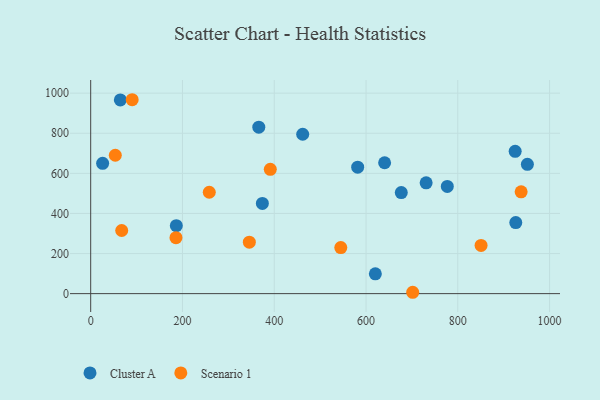
{"axis": {"x": "Ad Spend", "y": "Rating"}, "legend": ["Cluster A", "Scenario 1"], "data": [{"x": "731.0", "y": 552.9, "type": "Cluster A"}, {"x": "676.8", "y": 503.9, "type": "Cluster A"}, {"x": "951.6", "y": 645.3, "type": "Cluster A"}, {"x": "925.0", "y": 709.8, "type": "Cluster A"}, {"x": "462.0", "y": 795.1, "type": "Cluster A"}, {"x": "926.3", "y": 354.4, "type": "Cluster A"}, {"x": "620.3", "y": 98.9, "type": "Cluster A"}, {"x": "64.6", "y": 966.5, "type": "Cluster A"}, {"x": "26.0", "y": 649.9, "type": "Cluster A"}, {"x": "777.1", "y": 535.0, "type": "Cluster A"}, {"x": "581.8", "y": 630.6, "type": "Cluster A"}, {"x": "640.5", "y": 652.9, "type": "Cluster A"}, {"x": "366.3", "y": 830.6, "type": "Cluster A"}, {"x": "186.6", "y": 338.8, "type": "Cluster A"}, {"x": "374.1", "y": 450.0, "type": "Cluster A"}, {"x": "53.6", "y": 690.4, "type": "Scenario 1"}, {"x": "185.8", "y": 279.3, "type": "Scenario 1"}, {"x": "938.0", "y": 507.9, "type": "Scenario 1"}, {"x": "67.6", "y": 314.9, "type": "Scenario 1"}, {"x": "545.0", "y": 230.0, "type": "Scenario 1"}, {"x": "258.4", "y": 505.8, "type": "Scenario 1"}, {"x": "391.4", "y": 620.1, "type": "Scenario 1"}, {"x": "850.7", "y": 240.5, "type": "Scenario 1"}, {"x": "345.7", "y": 256.5, "type": "Scenario 1"}, {"x": "701.7", "y": 6.8, "type": "Scenario 1"}, {"x": "90.4", "y": 967.3, "type": "Scenario 1"}]}